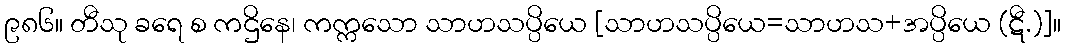
၉၈၆။ တီသု ခရေ စ ကဌိနေ၊ ကက္ကသော သာဟသပ္ပိယေ [သာဟသပ္ပိယေ=သာဟသ+အပ္ပိယေ (ဋီ.)]။